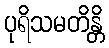
ပုရိသမတိန္တိ